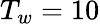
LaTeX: T_{w}=10